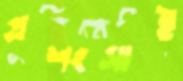
প্রশংসাই